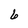
Character: 6